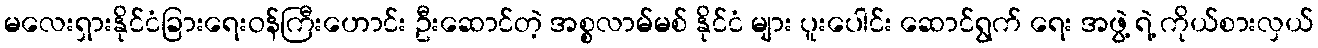
မလေးရှားနိုင်ငံခြားရေးဝန်ကြီးဟောင်း ဦးဆောင်တဲ့ အစ္စလာမ်မစ် နိုင်ငံ များ ပူးပေါင်း ဆောင်ရွက် ရေး အဖွဲ့ ရဲ့ ကိုယ်စားလှယ်